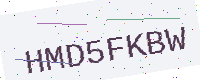
Text: HMD5FKBW